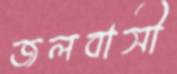
জলবাসী